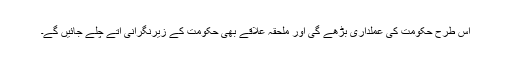
اس طرح حکومت کی عملداری بڑھے گی اور ملحقہ علاقے بھی حکومت کے زیرنگرانی آتے چلے جائیں گے۔